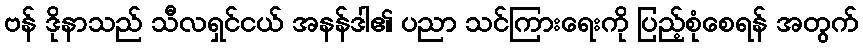
ဗန် ဒိုနာသည် သီလရှင်ငယ် အနန်ဒါ၏ ပညာ သင်ကြားရေးကို ပြည့်စုံစေရန် အတွက်